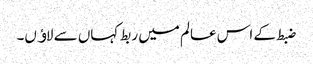
ضبط کے اس عالم میں ربط کہاں سے لاﺅں۔